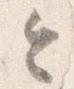
令